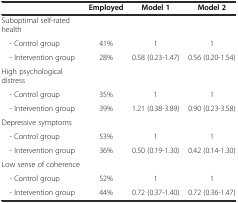
|  | Employed | Model 1 | Model 2 |
 | --- | --- | --- | --- |
 | Suboptimal self-rated health |  |  |  |
 | - Control group | 41% | 1 | 1 |
 | - Intervention group | 28% | 0.58 (0.23-1.47) | 0.56 (0.20-1.54) |
 | High psychological distress |  |  |  |
 | - Control group | 35% | 1 | 1 |
 | - Intervention group | 39% | 1.21 (0.38-3.89) | 0.90 (0.23-3.58) |
 | Depressive symptoms |  |  |  |
 | - Control group | 53% | 1 | 1 |
 | - Intervention group | 36% | 0.50 (0.19-1.30) | 0.42 (0.14-1.30) |
 | Low sense of coherence |  |  |  |
 | - Control group | 52% | 1 | 1 |
 | - Intervention group | 44% | 0.72 (0.37-1.40) | 0.72 (0.36-1.47) |